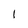
Character: I